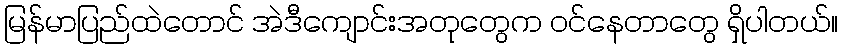
မြန်မာပြည်ထဲတောင် အဲဒီကျောင်းအတုတွေက ဝင်နေတာတွေ ရှိပါတယ်။